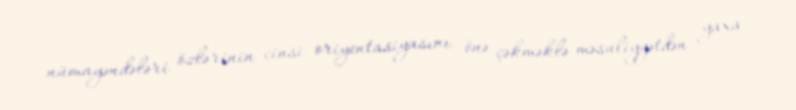
nümayəndələri özlərinin cinsi oriyentasiyasını önə çəkməklə məsuliyyətdən yaxa